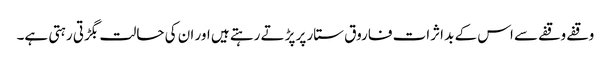
وقفے وقفے سے اس کے بد اثرات فاروق ستار پر پڑتے رہتے ہیں اور ان کی حالت بگڑتی رہتی ہے۔